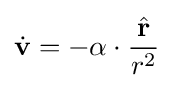
{\dot {\mathbf {v} }}=-\alpha \cdot {\frac {\hat {\mathbf {r} }}{r^{2}}}